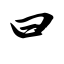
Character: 曰